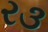
ર૩